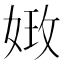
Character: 𡝺